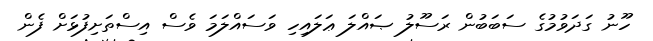
ހޫނު ގަދަވުމުގެ ސަބަބުން ރަސޫލު ޞައްލަ ޢަލައިހި ވަސައްލަމަ ވެސް އިސްތަށިފުޅަށް ފެން